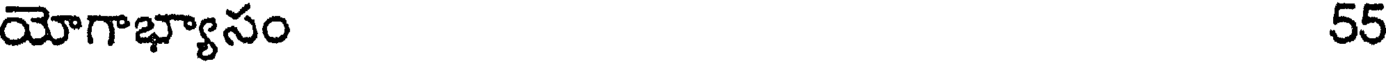
యోగాభ్యాసం 55